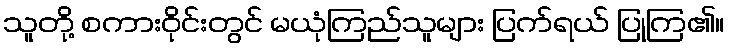
သူတို့ စကားဝိုင်းတွင် မယုံကြည်သူများ ပြက်ရယ် ပြုကြ၏။